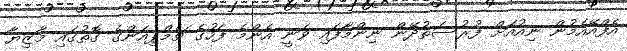
އެފްއޭއެމުން ނިއުއަށް ފުރުސަތުދޭން ނިންމާފައި ވަނީ އެންމެ ފަހުގެ ޗެމްޕިއަންގެ ގޮތުގައި މާޒިޔާ